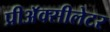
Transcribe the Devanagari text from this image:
प्रीअॅक्सीलेटर